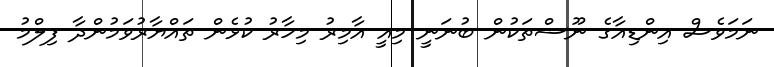
ނަމަވެސް އިންޑިއާގެ ނޫސްތަކުން ބުނަނީ މިއީ އާމިރު މިހާރު ކުޅެން ތައްޔާރުވަމުންދާ ފިލްމު